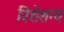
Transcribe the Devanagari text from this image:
विशेशग्य